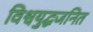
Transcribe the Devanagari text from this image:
विश्वयुद्धजनित